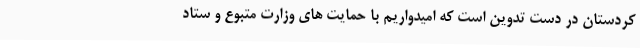
کردستان در دست تدوین است که امیدواریم با حمایت های وزارت متبوع و ستاد